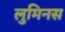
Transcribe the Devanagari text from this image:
लुमिनस